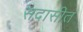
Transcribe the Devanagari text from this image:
सदासीत